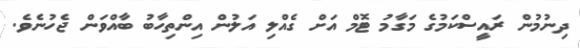
ދިނުމުން ރައީސްކަމުގެ މަގާމު ޓޮމް އަށް ގެއްލި އަލުން އިންތިހާބު ބާއްވަން ޖެހުނެވެ.